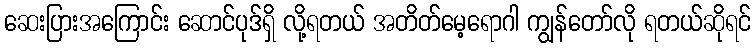
ဆေးပြားအကြောင်း ဆောင်ပုဒ်ရှိ လို့ရတယ် အတိတ်မေ့ရောဂါ ကျွန်တော်လို ရတယ်ဆိုရင်